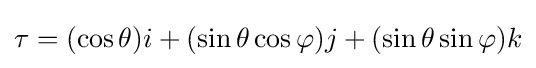
\tau =(\cos \theta )i+(\sin \theta \cos \varphi )j+(\sin \theta \sin \varphi )k